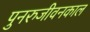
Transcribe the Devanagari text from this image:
पुनरुजीवनकाल